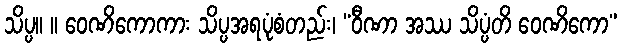
သိပ္ပ။ ။ ဝေဏိကောကား သိပ္ပအရပုံစံတည်း၊ “ဝီဏာ အဿ သိပ္ပံတိ ဝေဏိကော”